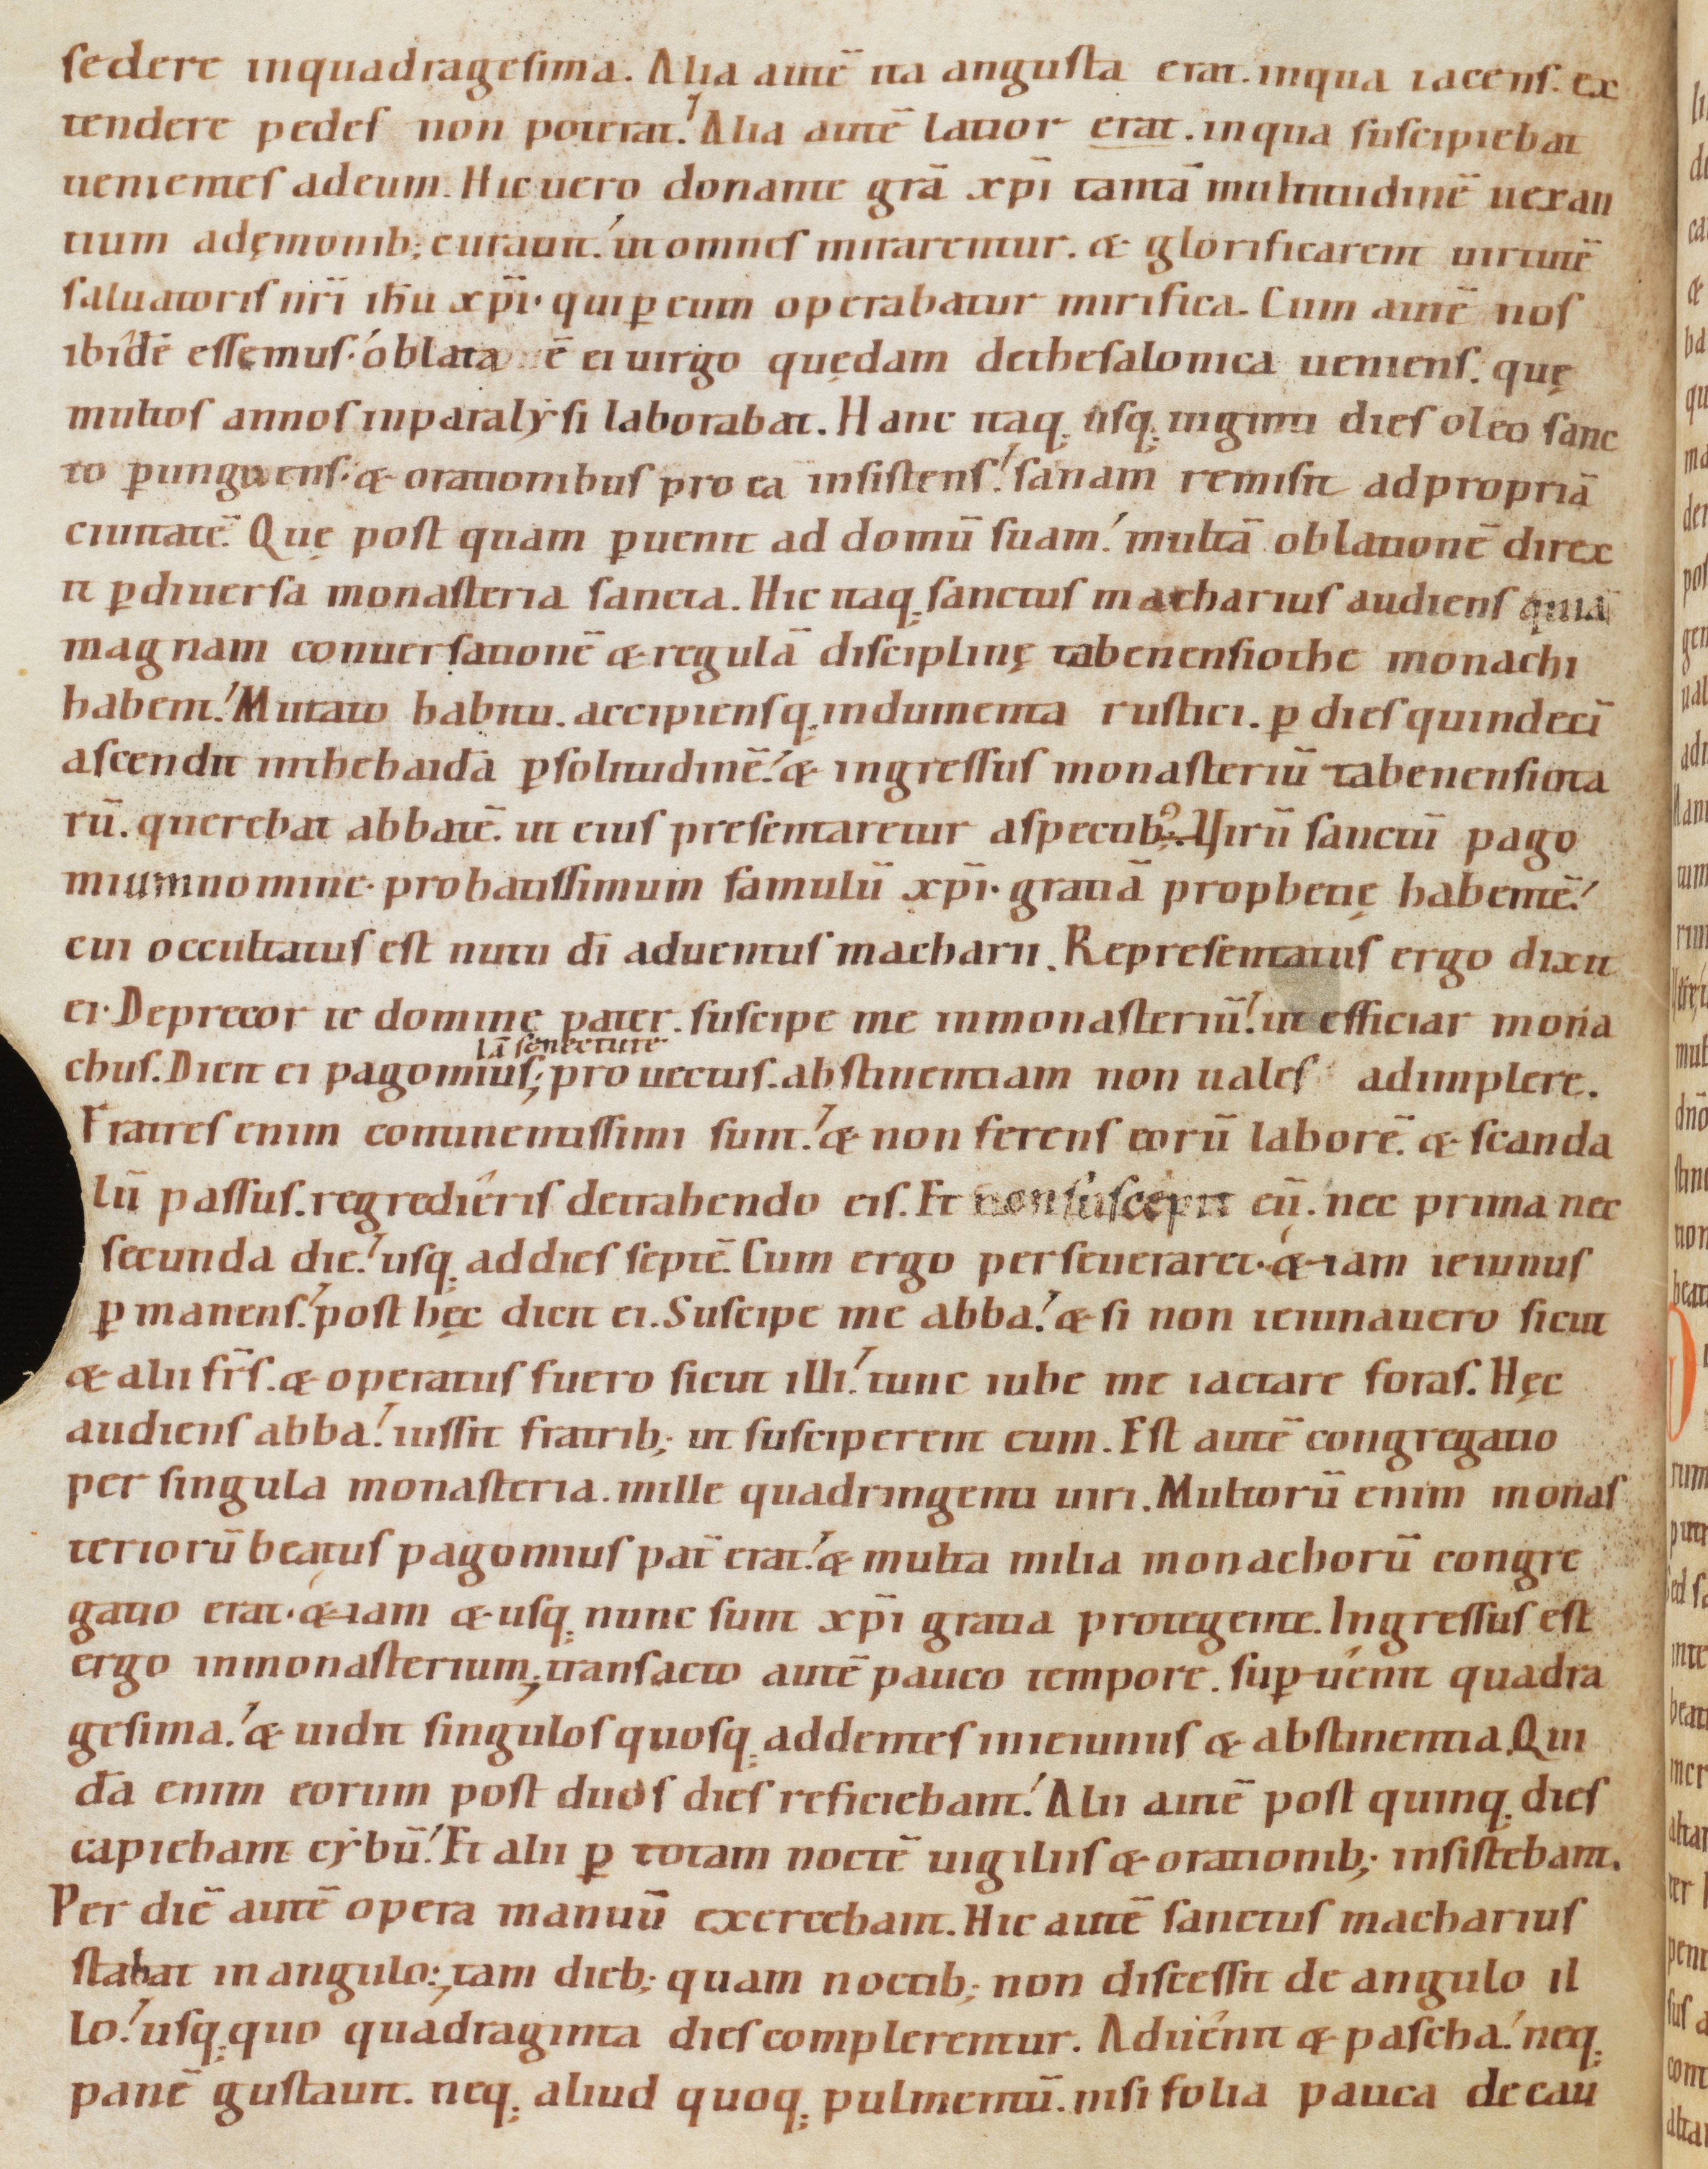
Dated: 1080–1096